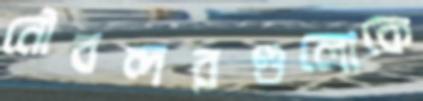
নৌবন্দরগুলোকে